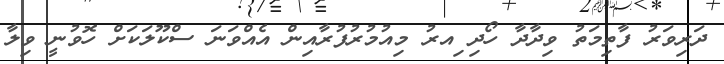
ދަރިވަރު ފާތިމަތު ވިދާދާ ހޯދި ިއރު މިއުމުރުފުރާއިން އެއްވަނަ ސްކޫލަކަށް ހޮވުނީ ވިލާ